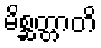
မိစ္ဆတ္တာတိ